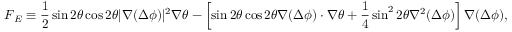
\boldsymbol { F } _ { E } \equiv \frac { 1 } { 2 } \sin 2 \theta \cos 2 \theta | \boldsymbol { \nabla } ( \Delta \phi ) | ^ { 2 } \boldsymbol { \nabla } \theta - \left[ \sin 2 \theta \cos 2 \theta \boldsymbol { \nabla } ( \Delta \phi ) \cdot \boldsymbol { \nabla } \theta + \frac 1 4 \sin ^ { 2 } 2 \theta \nabla ^ { 2 } ( \Delta \phi ) \right] \boldsymbol { \nabla } ( \Delta \phi ) ,